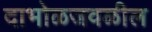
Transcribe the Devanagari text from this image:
दाभोळजवळील